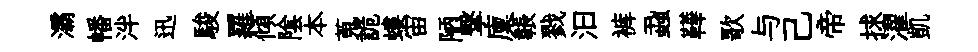
灞幡泮迅駿羅傾隂本蒐詭螻宙陋撃廩韔戮汩裤蝨鞾歌与己帝捄濯凱